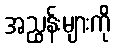
အညွှန်းများကို